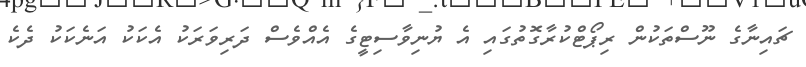
ޗައިނާގެ ނޫސްތަކުން ރިޕޯޓްކުރާގޮތުގައި އެ ޔުނިވާސިޓީގެ އެއްވެސް ދަރިވަރަކު އެކަކު އަނެކަކު ދެކެ